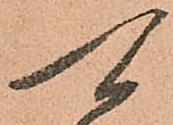
可